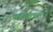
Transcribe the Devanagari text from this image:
खालच्याच